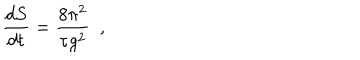
\frac { d S } { d t } = \frac { 8 \pi ^ { 2 } } { \tau g ^ { 2 } } ~ ~ ,